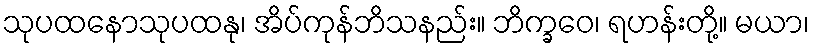
သုပထနောသုပထနု၊ အိပ်ကုန်ဘိသနည်း။ ဘိက္ခဝေ၊ ရဟန်းတို့။ မယာ၊